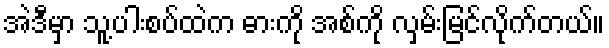
အဲဒီမှာ သူ့ပါးစပ်ထဲက ဓားကို အစ်ကို လှမ်းမြင်လိုက်တယ်။